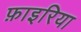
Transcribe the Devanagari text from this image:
फ़ाइरिया